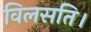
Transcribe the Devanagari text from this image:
विलसति।